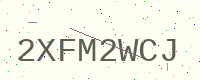
Text: 2XFM2WCJ